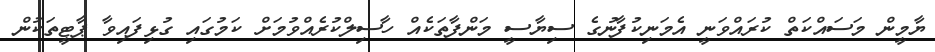
ޔާމީން މަސައްކަތް ކުރައްވަނީ އެމަނިކުފާނުގެ ސިޔާސީ މަންފާތަކެއް ހާސިލްކުރެއްވުމަށް ކަމުގައި ގުޅިފައިވާ ޕާޓީތަކުން